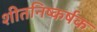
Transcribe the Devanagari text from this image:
शीतनिष्कर्षक